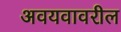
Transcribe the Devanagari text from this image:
अवयवावरील